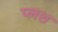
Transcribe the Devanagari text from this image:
प्लश